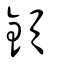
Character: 顉